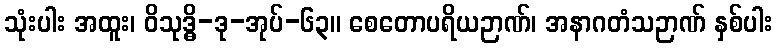
သုံးပါး အထူး၊ ဝိသုဒ္ဓိ-ဒု-အုပ်-၆၃။ စေတောပရိယဉာဏ်၊ အနာဂတံသဉာဏ် နှစ်ပါး